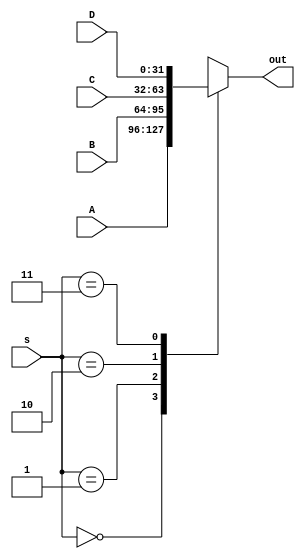
`timescale 1ns / 1ps
module mux41(input [31:0]A, input [31:0]B, input [31:0]C, input [31:0]D, input [1:0]s, output reg [31:0]out);
   always@(*)
   begin
        case(s)
            2'b00: out = A;
            2'b01: out = B;
            2'b10: out = C;
            2'b11: out = D;
        endcase
   end    
endmodule